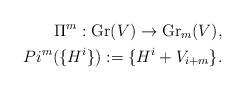
LaTeX: \begin{align*}\Pi^{m}:\mathrm{Gr} (V) \rightarrow \mathrm{Gr}_{m}(V),\\Pi^{m} (\{ H^{i}\} ):= \{ H^{i}+ V_{i+m}\} .\end{align*}